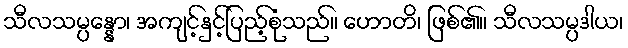
သီလသမ္ပန္နော၊ အကျင့်နှင့်ပြည့်စုံသည်။ ဟောတိ၊ ဖြစ်၏။ သီလသမ္ပဒါယ၊